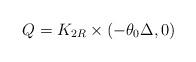
LaTeX: \begin{align*}Q = K_{2R} \times (-\theta_0 \Delta, 0)\end{align*}